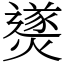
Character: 㸂